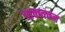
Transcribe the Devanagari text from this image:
डाकवचन